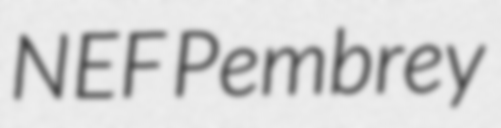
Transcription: NEF Pembrey